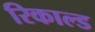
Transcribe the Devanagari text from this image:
रिकाल्ड